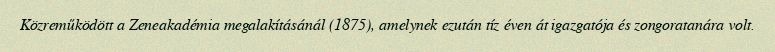
Közreműködött a Zeneakadémia megalakításánál (1875), amelynek ezután tíz éven át igazgatója és zongoratanára volt.